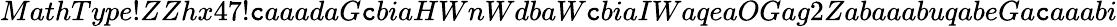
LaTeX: MathType!ZZhx47!\mathtt{c}aaadaG\mathtt{c}biaHWnWdbaW\mathtt{c}biaIWaqeaOGag2ZabaaabuqabeGa\mathtt{c}aaabi